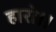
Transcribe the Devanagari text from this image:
हारो।।